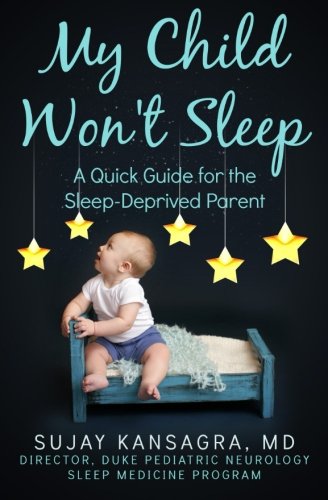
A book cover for My Child Won't Sleep: A Quick Guide for the Sleep-Deprived Parent; Sujay Kansagra MD; Health, Fitness & Dieting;